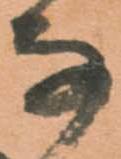
な